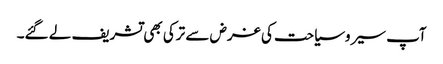
آپ سیروسیاحت کی غرض سے ترکی بھی تشریف لے گئے۔